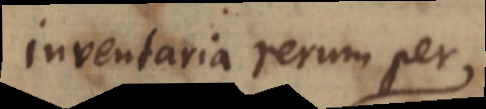
inventaria rerum per